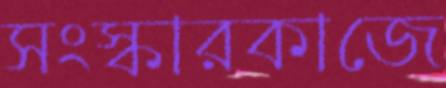
সংস্কারকাজে